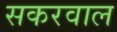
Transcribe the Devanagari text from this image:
सकरवाल